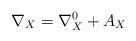
LaTeX: \begin{align*}\nabla_{X} = \nabla_{X}^{0} + A_{X}\end{align*}